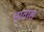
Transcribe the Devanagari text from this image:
भातास